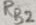
Text: RB2